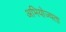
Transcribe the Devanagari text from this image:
अभियोज्यता